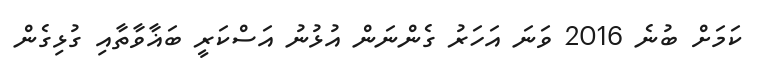
ކަމަށް ބުނެ 2016 ވަނަ އަހަރު ގެންނަން އުޅުނު އަސްކަރީ ބަޣާވާތާއި ގުޅިގެން